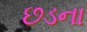
છડના